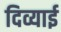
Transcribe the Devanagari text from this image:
दिव्याई